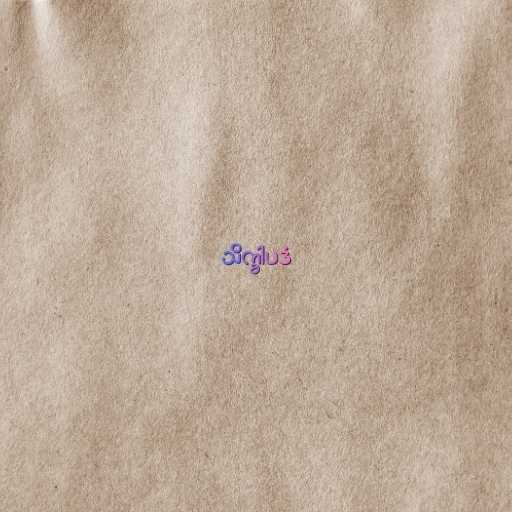
သိက္ခါပဒံ